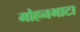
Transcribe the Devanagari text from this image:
मोहनभाटा